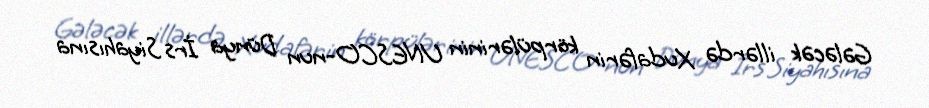
Gələcək illərdə Xudafərin körpülərinin UNESCO-nun Dünya İrs Siyahısına